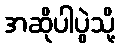
အဆိုပါပွဲသို့